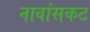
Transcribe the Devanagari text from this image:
नावांसकट